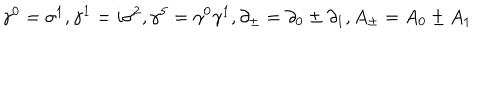
{ \gamma } ^ { 0 } = { \sigma } ^ { 1 } , { \gamma } ^ { 1 } = i { \sigma } ^ { 2 } , { \gamma } ^ { 5 } = { \gamma } ^ { 0 } { \gamma } ^ { 1 } , \partial _ { \pm } = \partial _ { 0 } \pm \partial _ { 1 } , A _ { \pm } = A _ { 0 } \pm A _ { 1 }